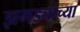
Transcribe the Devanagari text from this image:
झगड्यांच्या